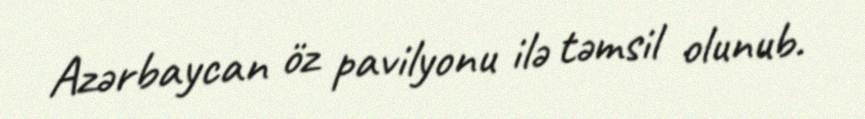
Azərbaycan öz pavilyonu ilə təmsil olunub.